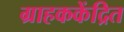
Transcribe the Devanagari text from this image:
ग्राहककेंद्रित